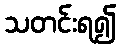
သတင်းရ၍